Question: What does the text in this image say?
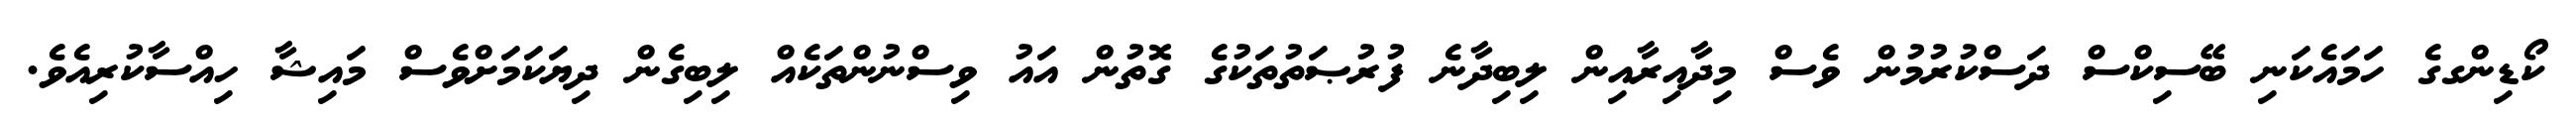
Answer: ކޯޑިންގގެ ހަމައެކަނި ބޭސިކްސް ދަސްކުރުމުން ވެސް މިދާއިރާއިން ލިބިދާނެ ފުރުޞަތުތަކުގެ ގޮތުން އައު ވިސްނުންތަކެއް ލިބިގެން ދިޔަކަމަށްވެސް މައިޝާ ހިއްސާކުރިއެވެ.